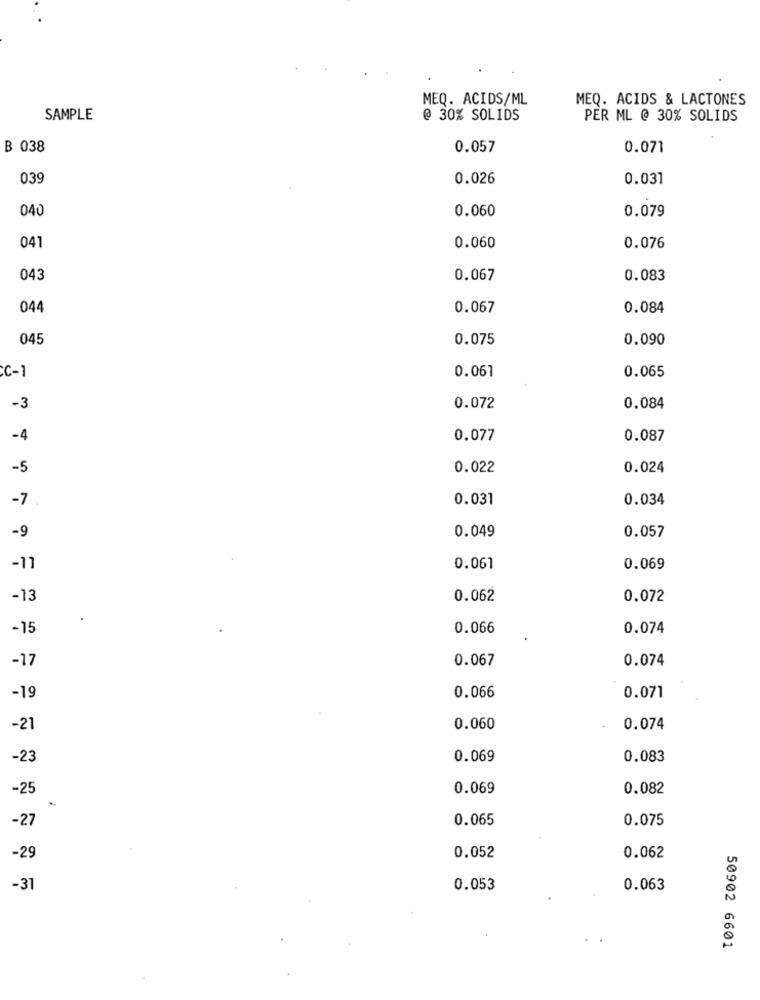
MEQ. ACIDS/ML
MEQ. ACIDS & LACTONES
SAMPLE
@ 30% SOLIDS
PER ML @ 30% SOLIDS
B 038
0.057
0.071
039
0.026
0.031
040
0.060
0.079
041
0.060
0.076
043
0.067
0.083
044
0.067
0.084
045
0.075
0.090
0.067
0.065
C-1
-3
0.072
0.084
-4
0.077
0.087
-5
0.022
0.024
-7
0.031
0.034
0.049
-9
0.057
-11
0.061
0.069
-13
0.062
0.072
-15
0.066
0.074
-17
0.067
0.074
-19
0.066
0.071
-21
0.060
0.074
-23
0.069
0.083
-25
0.069
0.082
-27
0.065
0.075
-29
0.052
0.062
-31
0.053
0.063
50902 6601